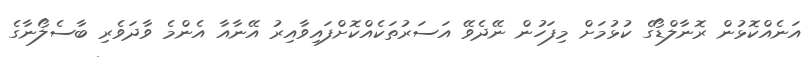
އަނެއްކޮޅުން ރޮނާލްޑޯގެ ކުޅުމަށް މިފަހުން ނޭދެވޭ އަސަރުތަކެއްކޮށްފައިވާއިރު އޭނާއާ އެންމެ ވާދަވެރި ބާސެލޯނާގެ